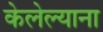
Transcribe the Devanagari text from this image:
केलेल्याना